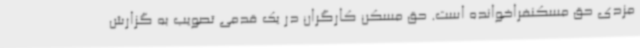
مزدی حق مسکنفراخوانده است. حق مسکن کارگران در یک قدمی تصویب به گزارش